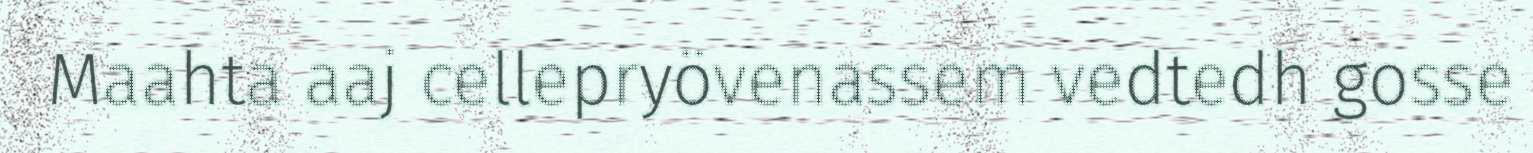
Maahta aaj cellepryövenassem vedtedh gosse